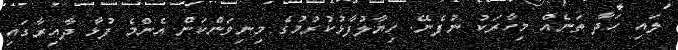
ލައި ހަދާ ތަނެއް މިހާރަކު ނުފެނޭ. ހިޔާލުފާޅުކުރުމުގެ މިނިވަންކަން އެންމެ ފުޅާ ދާއިރާގައި